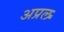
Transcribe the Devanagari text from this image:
अप्रल